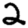
Digit: 2